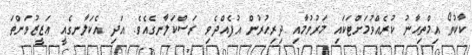
ކާކުތޯ އިމްތިޙާނު ކުރެއްވުމަށްޓަކައި މަރުވުމާއި ދިރިހުރުން އުފެއްދެވި ރަސްކަލާނގެއެވެ. އަދި އެކަލާނގެއީ ޢަޒީޒުވަންތަ